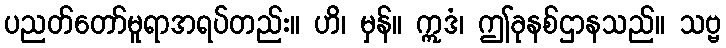
ပညတ်တော်မူရာအရပ်တည်း။ ဟိ၊ မှန်။ ဣဒံ၊ ဤခုနစ်ဌာနသည်။ သဗ္ဗ